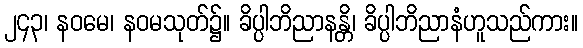
၂၄၃၊ နဝမေ၊ နဝမသုတ်၌။ ခိပ္ပါဘိညာနန္တိ၊ ခိပ္ပါဘိညာနံဟူသည်ကား။